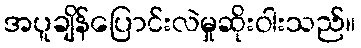
အပူချိန်ပြောင်းလဲမှုဆိုးဝါးသည်။